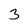
Character: 3